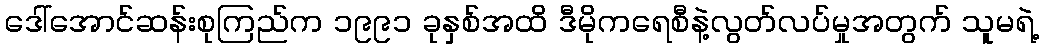
ဒေါ်အောင်ဆန်းစုကြည်က ၁၉၉၁ ခုနှစ်အထိ ဒီမိုကရေစီနဲ့လွတ်လပ်မှုအတွက် သူမရဲ့